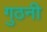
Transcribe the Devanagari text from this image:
गुठनी